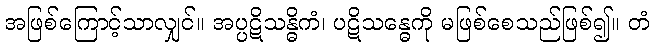
အဖြစ်ကြောင့်သာလျှင်။ အပ္ပဋိသန္ဓိကံ၊ ပဋိသန္ဓေကို မဖြစ်စေသည်ဖြစ်၍။ တံ